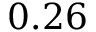
0 . 2 6